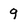
Character: 9